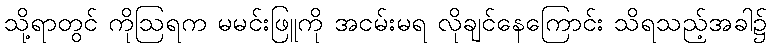
သို့ရာတွင် ကိုဩရက မမင်းဖြူကို အငမ်းမရ လိုချင်နေကြောင်း သိရသည့်အခါ၌